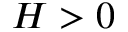
H > 0